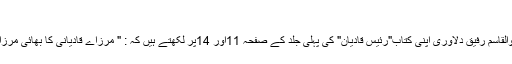
"
پروفیسر دوست محمد شاہد کے علاوہ معروف مورخ ابوالقاسم رفیق دلاوری اپنی کتاب"رئیس قادیان" کی پہلی جلد کے صفحہ 11اور 14پر لکھتے ہیں کہ : " مرزاے قادیانی کا بھائی مرزا غلام قادر بیگ دنیا نگر قادیان کا معزول تھانیدار تھا ۔